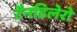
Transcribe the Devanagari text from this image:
टैनडिलेरो